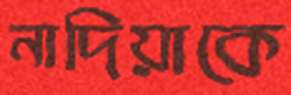
নাদিয়াকে